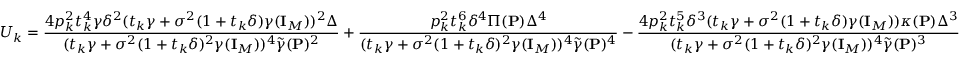
U _ { k } = \frac { 4 p _ { k } ^ { 2 } t _ { k } ^ { 4 } \gamma \delta ^ { 2 } ( t _ { k } \gamma + \sigma ^ { 2 } ( 1 + t _ { k } \delta ) \gamma ( { \mathbf { I } } _ { M } ) ) ^ { 2 } \Delta } { ( t _ { k } \gamma + \sigma ^ { 2 } ( 1 + t _ { k } \delta ) ^ { 2 } \gamma ( { \mathbf { I } } _ { M } ) ) ^ { 4 } \widetilde { \gamma } ( { \mathbf { P } } ) ^ { 2 } } + \frac { p _ { k } ^ { 2 } t _ { k } ^ { 6 } \delta ^ { 4 } \Pi ( { \mathbf { P } } ) \Delta ^ { 4 } } { ( t _ { k } \gamma + \sigma ^ { 2 } ( 1 + t _ { k } \delta ) ^ { 2 } \gamma ( { \mathbf { I } } _ { M } ) ) ^ { 4 } \widetilde { \gamma } ( { \mathbf { P } } ) ^ { 4 } } - \frac { 4 p _ { k } ^ { 2 } t _ { k } ^ { 5 } \delta ^ { 3 } ( t _ { k } \gamma + \sigma ^ { 2 } ( 1 + t _ { k } \delta ) \gamma ( { \mathbf { I } } _ { M } ) ) \kappa ( { \mathbf { P } } ) \Delta ^ { 3 } } { ( t _ { k } \gamma + \sigma ^ { 2 } ( 1 + t _ { k } \delta ) ^ { 2 } \gamma ( { \mathbf { I } } _ { M } ) ) ^ { 4 } \widetilde { \gamma } ( { \mathbf { P } } ) ^ { 3 } }